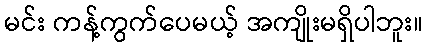
မင်း ကန့်ကွက်ပေမယ့် အကျိုးမရှိပါဘူး။